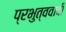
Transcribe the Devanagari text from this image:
प्रभुत्ववादी